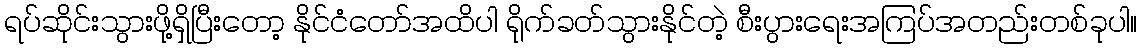
ရပ်ဆိုင်းသွားဖို့ရှိပြီးတော့ နိုင်ငံတော်အထိပါ ရိုက်ခတ်သွားနိုင်တဲ့ စီးပွားရေးအကြပ်အတည်းတစ်ခုပါ။